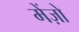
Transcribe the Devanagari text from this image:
मेंज़ो